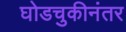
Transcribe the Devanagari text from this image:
घोडचुकीनंतर